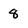
Character: 8